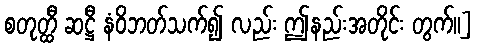
စတုတ္ထီ ဆဋ္ဌီ နံဝိဘတ်သက်၍ လည်း ဤနည်းအတိုင်း တွက်။]